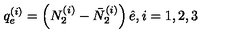
q _ { e } ^ { ( i ) } = \left( N _ { 2 } ^ { ( i ) } - \bar { N } _ { 2 } ^ { ( i ) } \right) \hat { e } , i = 1 , 2 , 3